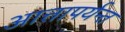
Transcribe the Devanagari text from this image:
आत्तापर्यन्त